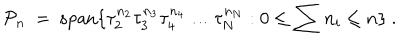
{ \cal P } _ { n } \ = \ \mathrm { s p a n } \{ \tau _ { 2 } ^ { n _ { 2 } } \tau _ { 3 } ^ { n _ { 3 } } \tau _ { 4 } ^ { n _ { 4 } } \ldots \tau _ { N } ^ { n _ { N } } : 0 \leq \sum n _ { i } \leq n \} \ .